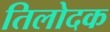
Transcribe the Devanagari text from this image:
तिलोदक